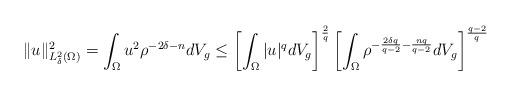
LaTeX: \begin{align*} \|u\|^2_{L^2_\delta(\Omega)}=\int_\Omega u^2\rho^{-2\delta-n}dV_{g}\leq \left[\int_{\Omega}|u|^q dV_{ g}\right]^{\frac{2}{q}}\left[\int_{\Omega}\rho^{-\frac{2\delta q}{q-2}-\frac{nq}{q-2}}dV_{ g}\right]^{\frac{q-2}{q}}\end{align*}